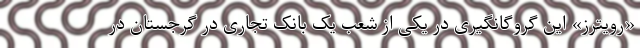
«رویترز» این گروگانگیری در یکی از شعب یک بانک تجاری در گرجستان در